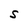
Character: S